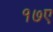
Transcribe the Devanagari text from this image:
१७ए